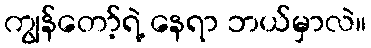
ကျွန်တော့်ရဲ့ နေရာ ဘယ်မှာလဲ။